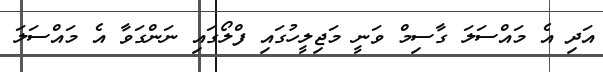
އަދި އެ މައްސަލަ ގާސިމް ވަނީ މަޖިލީހުގައި ފްލޯގައި ނަންގަވާ އެ މައްސަލަ